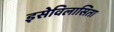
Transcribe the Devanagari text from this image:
इसेविलासिता